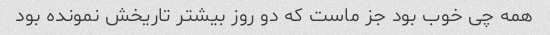
همه چی خوب بود جز ماست که دو روز بیشتر تاریخش نمونده بود